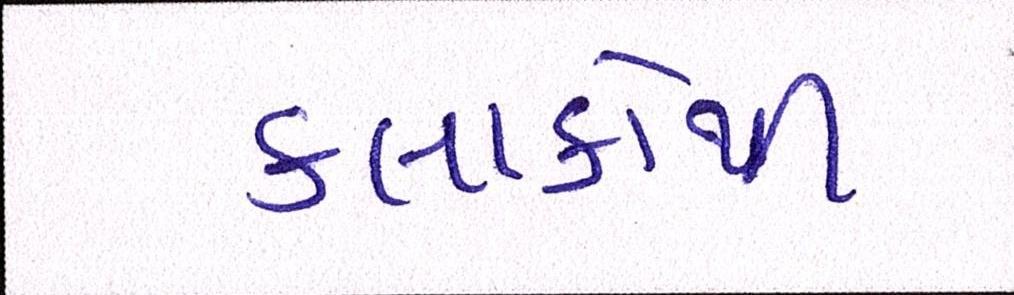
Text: કલાકોથી